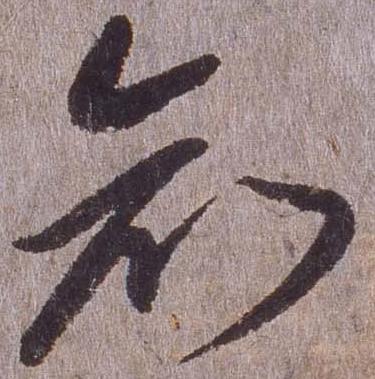
知